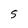
Character: S